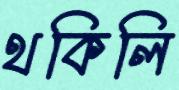
থকিলি